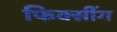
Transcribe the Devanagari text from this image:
फिक्सींग